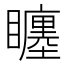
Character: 𥌬